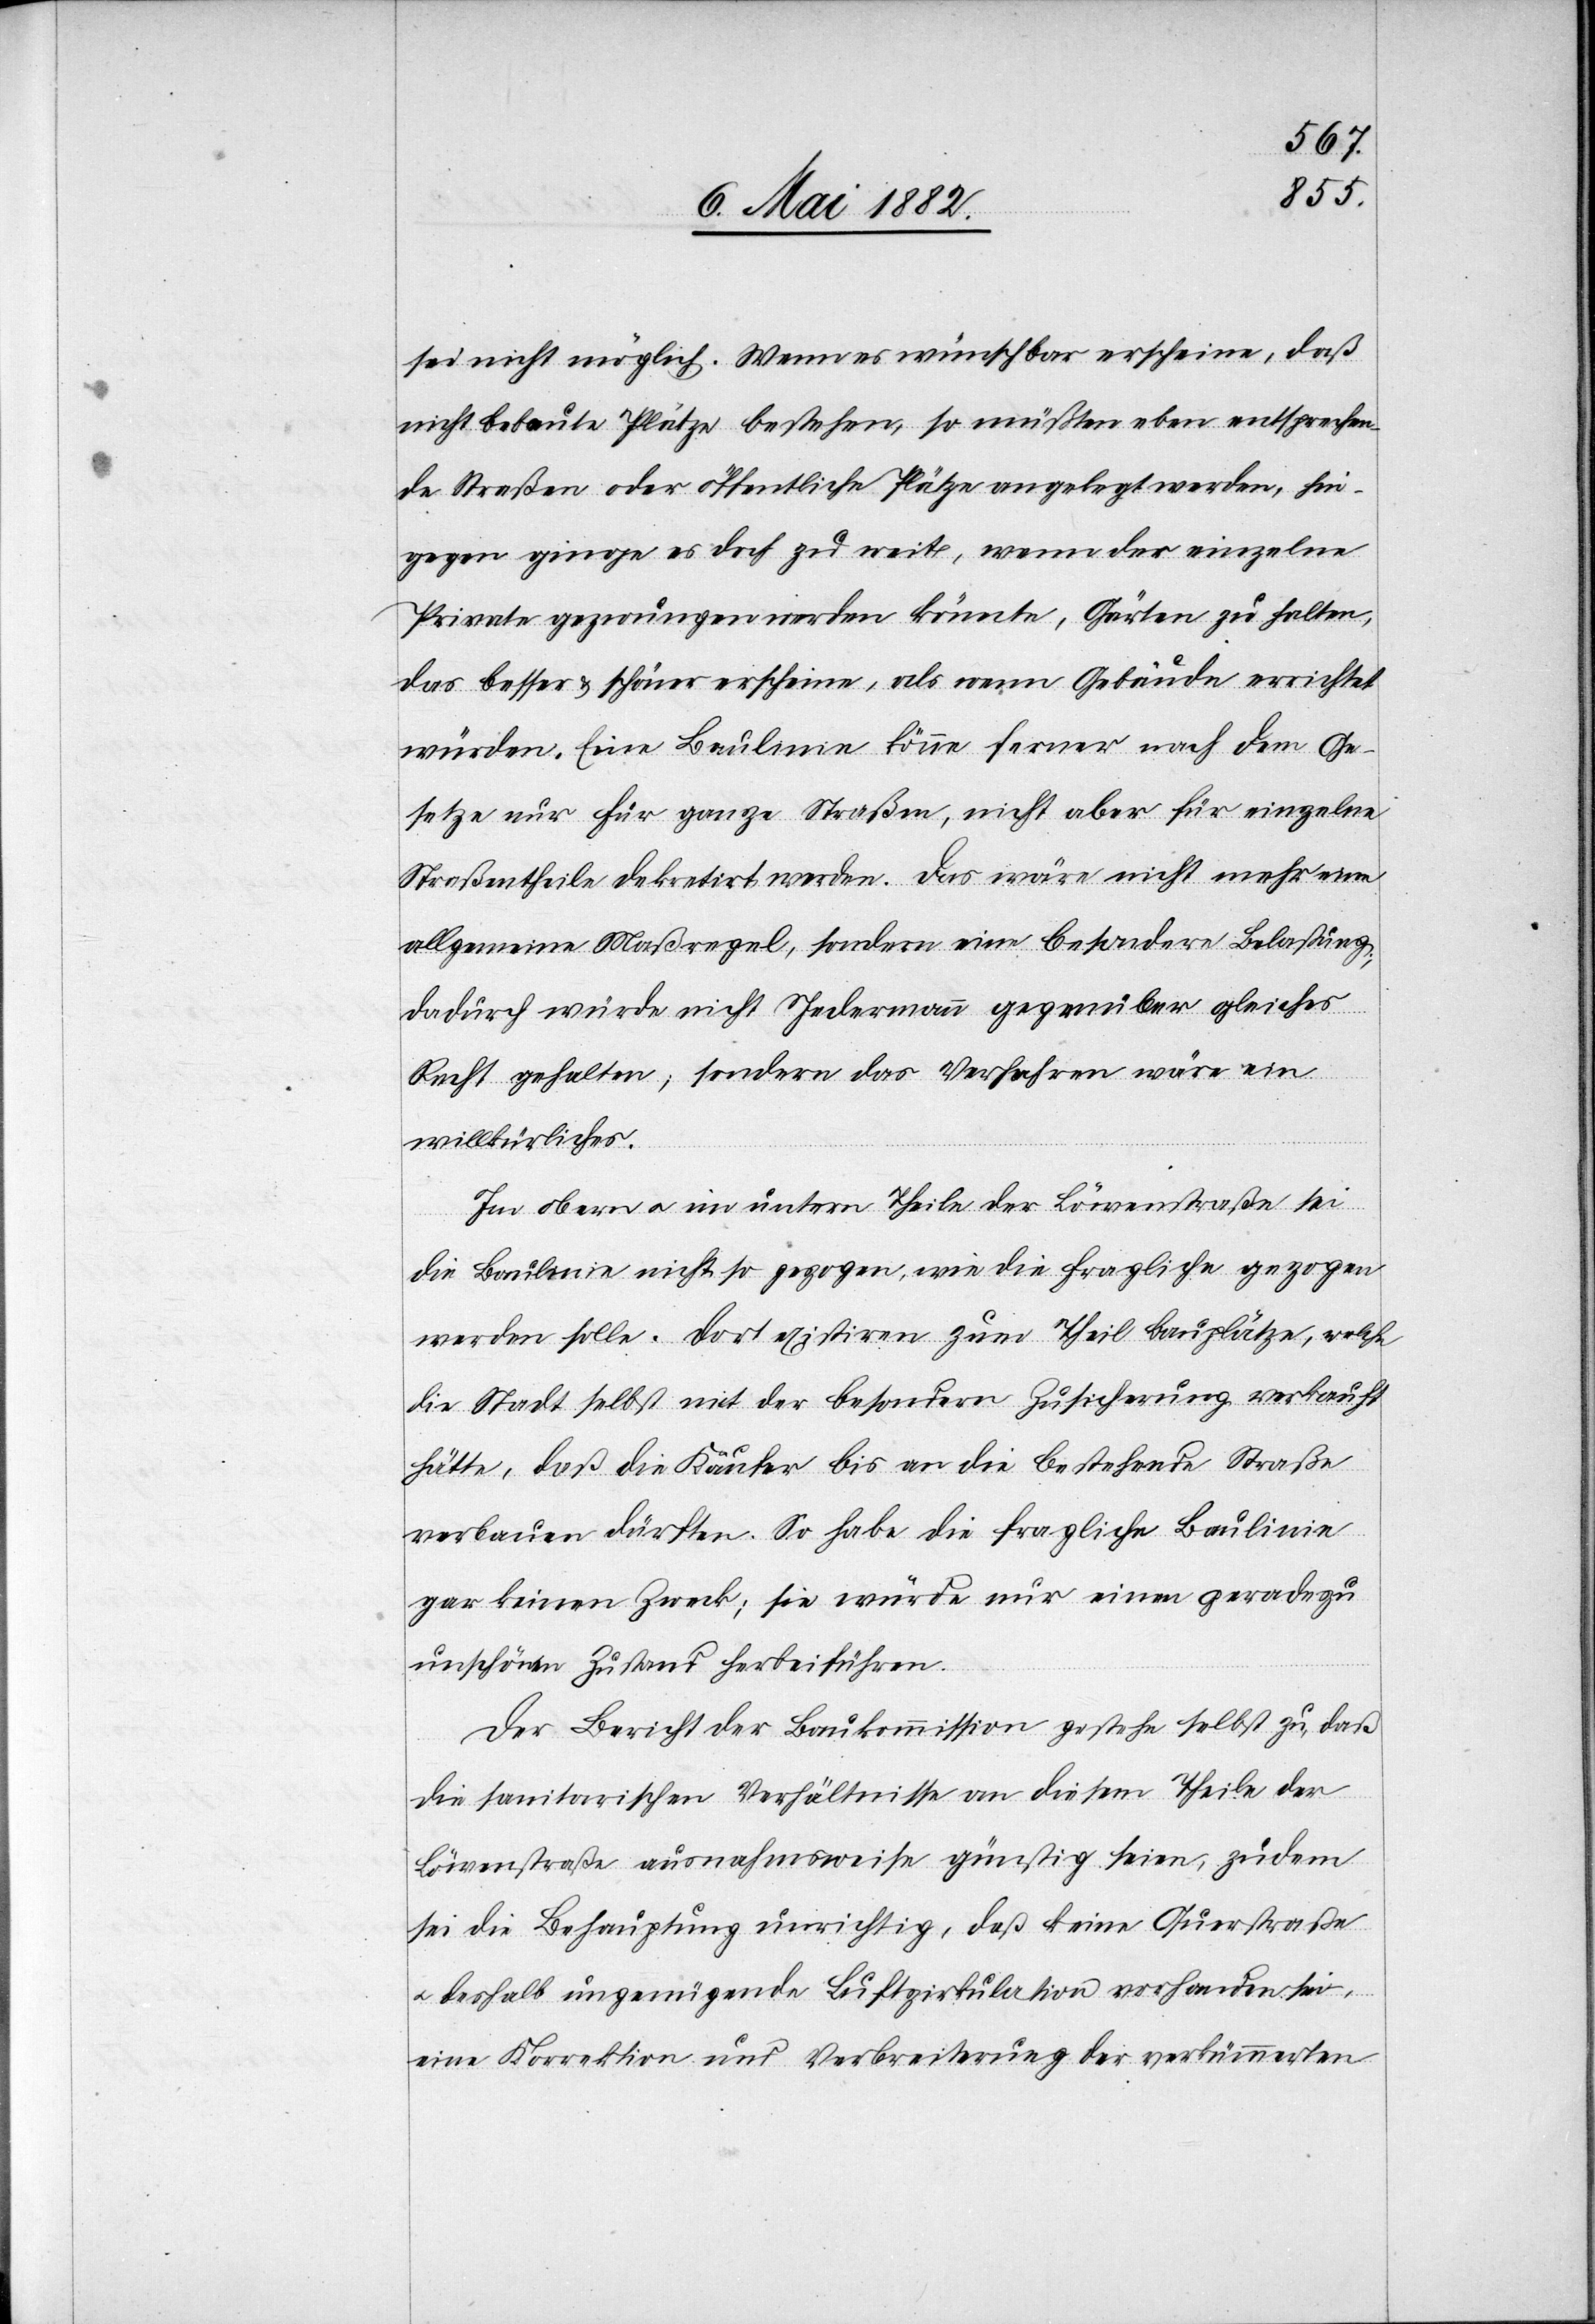
sei nicht möglich. Wenn es wünschbar erscheine, daß
nicht bebaute Plätze bestehen, so müßten eben entsprechen¬
de Straßen oder öffentliche Plätze angelegt werden, hin¬
gegen ginge es doch zu weit, wenn der einzelne
Private gezwungen werden könnte, Gärten zu halten,
besser & schöner erscheine, als wenn Gebäude errichtet
würden. Eine Baulinie könne ferner nach dem Ge¬
setze nur für ganze Straßen, nicht aber für einzelne
Straßentheile dekretirt werden. Das wäre nicht mehr eine
allgemeine Maßregel, sondern eine besondere Belastung;
dadurch würde nicht Jedermann gegenüber gleiches
Recht gehalten; sondern das Verfahren wäre ein
willkürliches.
Im obern u. im untern Theile der Löwenstraße sei
die Baulinie nicht so gezogen, wie die fragliche gezogen
werden solle. Dort existiren zum Theil Bauplätze, welche
die Stadt selbst mit der besondern Zusicherung verkauft
hätte, daß die Käufer bis an die bestehende Straße
verbauen dürften. So habe die fragliche Baulinie
gar keinen Zweck; sie würde nur einen geradezu
unschönen Zustand herbeiführen.
Der Bericht der Baukommission gestehe selbst zu, daß
die sanitarischen Verhältnisse an diesem Theile der
Löwenstraße ausnahmsweise günstig seien, zudem
sei die Behauptung unrichtig, daß keine Querstraße
deshalb ungenügende Luftzirkulation vorhanden sei,
eine Korrektion und Verbreiterung der verkümmerten